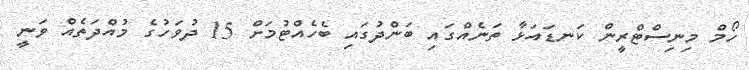
ހޯމް މިނިސްޓްރީން ކަނޑައަޅާ ތަނެއްގައި ބަންދުގައި ބެހެއްޓުމަށް 15 ދުވަހުގެ މުއްދަތެއް ވަނީ